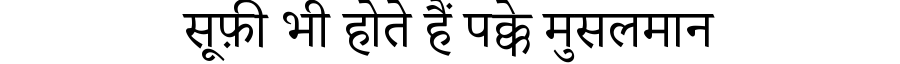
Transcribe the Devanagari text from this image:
सूफ़ी भी होते हैं पक्के मुसलमान